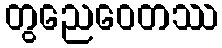
တွညေဝေတဿ